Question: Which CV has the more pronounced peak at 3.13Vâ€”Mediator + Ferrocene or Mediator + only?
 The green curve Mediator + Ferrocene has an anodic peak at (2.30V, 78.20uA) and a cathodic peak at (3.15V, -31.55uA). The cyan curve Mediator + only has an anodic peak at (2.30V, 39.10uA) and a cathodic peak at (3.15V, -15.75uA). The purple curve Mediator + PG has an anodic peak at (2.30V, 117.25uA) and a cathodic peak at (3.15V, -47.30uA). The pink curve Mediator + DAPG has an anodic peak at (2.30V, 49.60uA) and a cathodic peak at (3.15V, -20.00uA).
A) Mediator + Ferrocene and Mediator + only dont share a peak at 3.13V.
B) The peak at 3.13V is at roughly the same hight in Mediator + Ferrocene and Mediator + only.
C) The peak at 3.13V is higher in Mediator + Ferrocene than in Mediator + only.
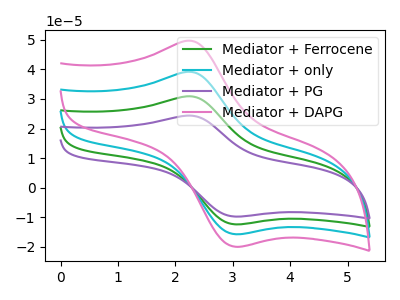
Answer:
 <answer>C) The peak at 3.13V is higher in "Mediator + Ferrocene" than in "Mediator + only".</answer>
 <eval>C</eval>